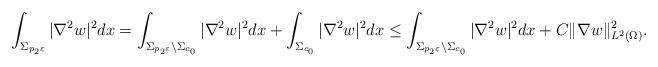
LaTeX: \begin{align*}\int_{\Sigma_{p_2\varepsilon}} |\nabla^2 w|^2 dx= \int_{\Sigma_{p_2\varepsilon}\setminus\Sigma_{c_0}}|\nabla^2 w|^2 dx+\int_{\Sigma_{c_0}}|\nabla^2 w|^2 dx\leq \int_{\Sigma_{p_2\varepsilon}\setminus\Sigma_{c_0}}|\nabla^2 w|^2 dx+ C\|\nabla w\|_{L^2(\Omega)}^2.\end{align*}